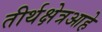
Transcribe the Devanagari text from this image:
तीर्थक्षेत्रआहे